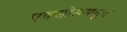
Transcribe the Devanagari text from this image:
एक्स्प्रेसमधून